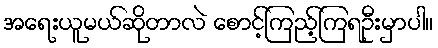
အရေးယူမယ်ဆိုတာလဲ စောင့်ကြည့်ကြရဦးမှာပါ။